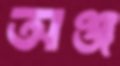
অঞ্জ